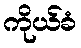
ကိုယ်ခံ